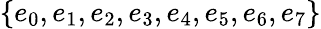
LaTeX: \{ e_{0},e_{1},e_{2},e_{3},e_{4},e_{5},e_{6},e_{7}\}